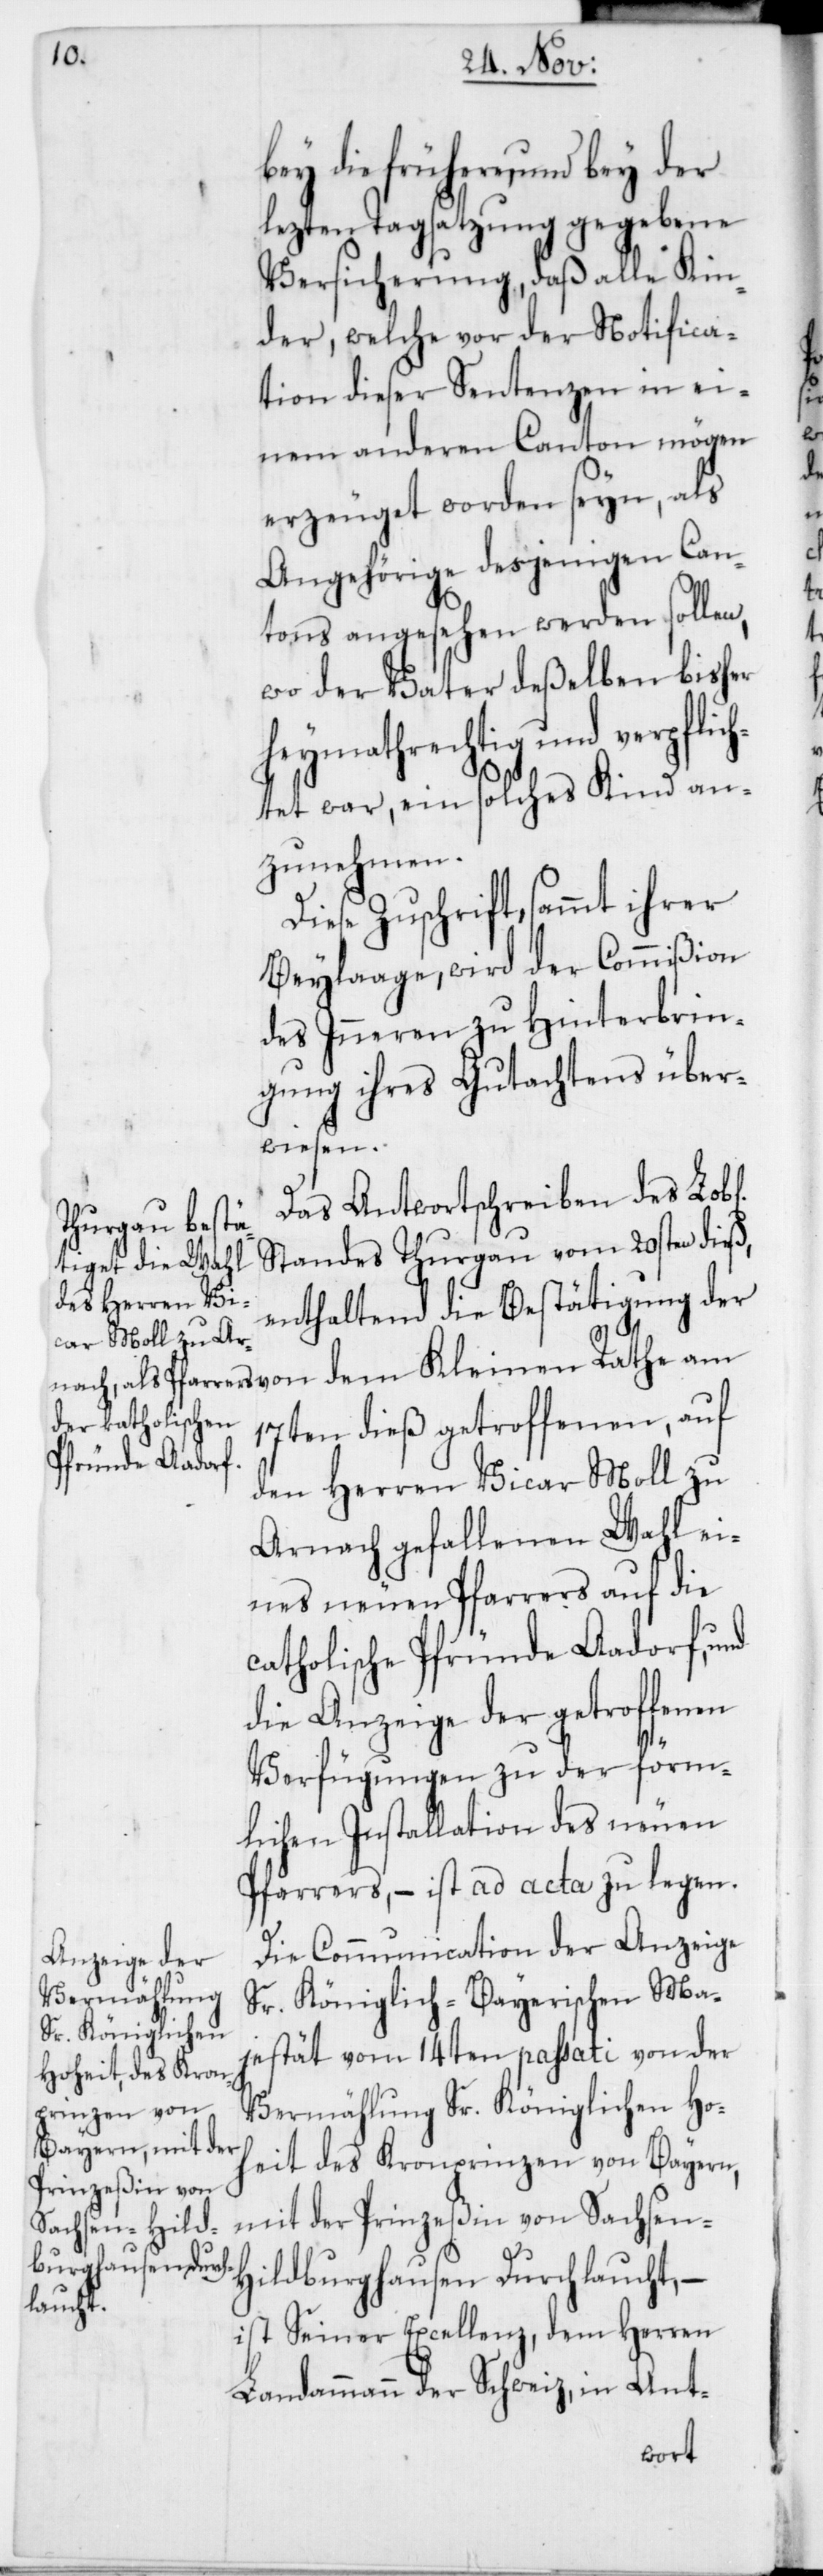
bey die frühere, und bey der
lezten Tagsatzung gegebene
Versicherung, daß alle Kin¬
der, welche vor der Notifica¬
tion dieser Sentenzen in ei¬
nem anderen Canton mögen
erzeuget worden seyn, als
Angehörige desjenigen Can¬
tons angesehen werden sollen,
wo der Vater deßelben bisher
heymathrechtig und verpfli¬
chtet war, ein solches Kind an¬
zunehmen.
Diese Zuschrift, sammt ihrer
Beylage, wird der Commißion
des Inneren zu Hinterbrin¬
gung ihres Gutachtens über¬
wiesen.
Das Antwortschreiben des [S¬
tandes Thurgau vom 20sten dieß,
enthaltend die Bestätigung der
17ten dieß getroffenen, auf
den Herren Vicar Moll zu
Arnach gefallenen Wahl ei¬
nes neuen Pfarrers auf die
catholische Pfründe Aadorf, und
die Anzeige der getroffenen
Verfügungen zu der förm¬
lichen Installation des neuen
Pfarrers, – ist ad acta zu legen.
Die Communication der Anzeige
Sr. Königlich-Bayerischen Ma¬
jestät vom 14ten passati von der
Vermählung Sr. Königlichen Ho¬
heit des Kronprinzen von Bayern,
mit der Prinzeßin von Sachsen-H¬
ildburghausen Durchlaucht, –
ist Seiner Excellenz, dem Herren
Landammann der Schweiz, in Ant-